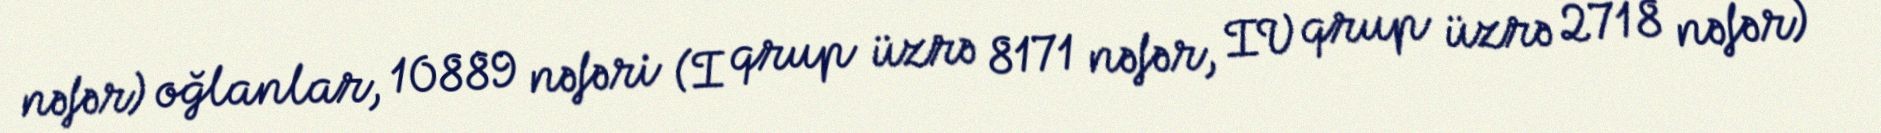
nəfər) oğlanlar, 10889 nəfəri (I qrup üzrə 8171 nəfər, IV qrup üzrə 2718 nəfər)